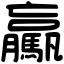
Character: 驘